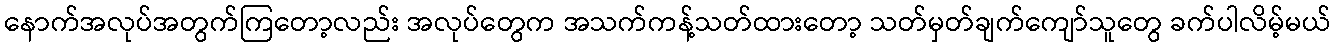
နောက်အလုပ်အတွက်ကြတော့လည်း အလုပ်တွေက အသက်ကန့်သတ်ထားတော့ သတ်မှတ်ချက်ကျော်သူတွေ ခက်ပါလိမ့်မယ်